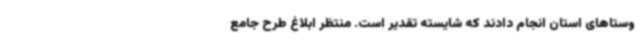
وستاهای استان انجام دادند که شایسته تقدیر است. منتظر ابلاغ طرح جامع